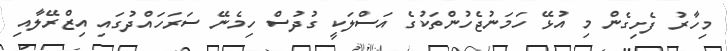
މިހާރު ފެށިގެން މި އުޅޭ ހަމަނުޖެހުންތަކުގެ އަސްލަކީ ގުދުސް ހިމެނޭ ސަރަހައްދުގައި އިޒްރޭލާއި